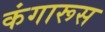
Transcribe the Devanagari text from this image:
कंगारूस